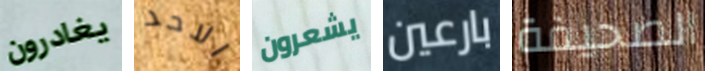
يغادرون الاحد يشعرون بارعين الصحيفة